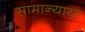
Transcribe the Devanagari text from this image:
सामान्याया